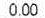
0.00